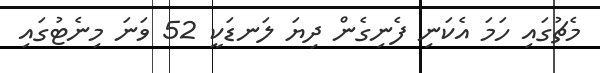
މެޗުގައި ހަމަ އެކަނި ފެނިގެން ދިޔަ ލަނޑަކީ 52 ވަނަ މިނެޓުގައި